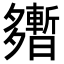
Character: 𡗎